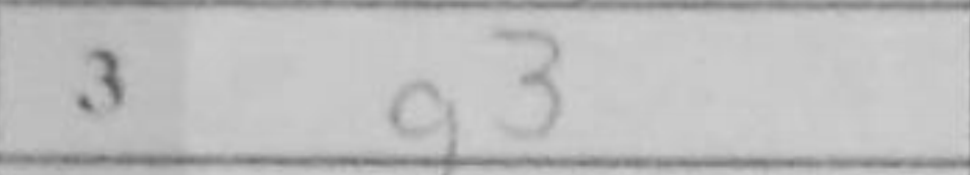
Transcription: g3